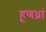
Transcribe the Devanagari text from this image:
हूणध्रां